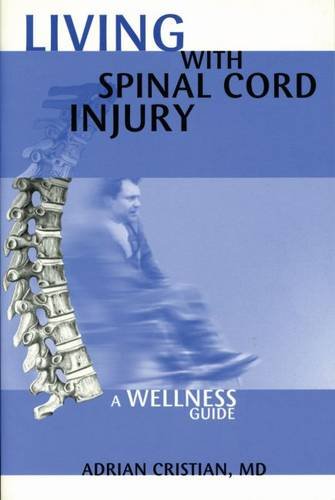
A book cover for Lving with Spinal Cord Injury; Dr. Adrian Cristian; Health, Fitness & Dieting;